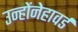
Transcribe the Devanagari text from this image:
उन्होंनेहावर्ड